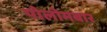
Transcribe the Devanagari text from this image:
पोलोमबार